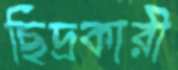
ছিদ্রকারী